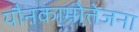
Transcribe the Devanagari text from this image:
यौनकामोत्तेजना